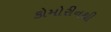
કોમોરીનથી